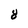
Character: 8